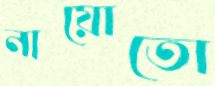
নায়োতো